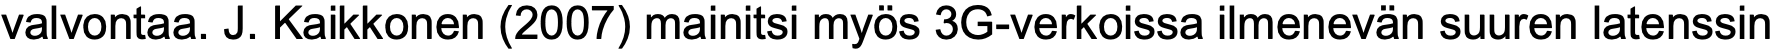
valvontaa. J. Kaikkonen (2007) mainitsi myös 3G-verkoissa ilmenevän suuren latenssin